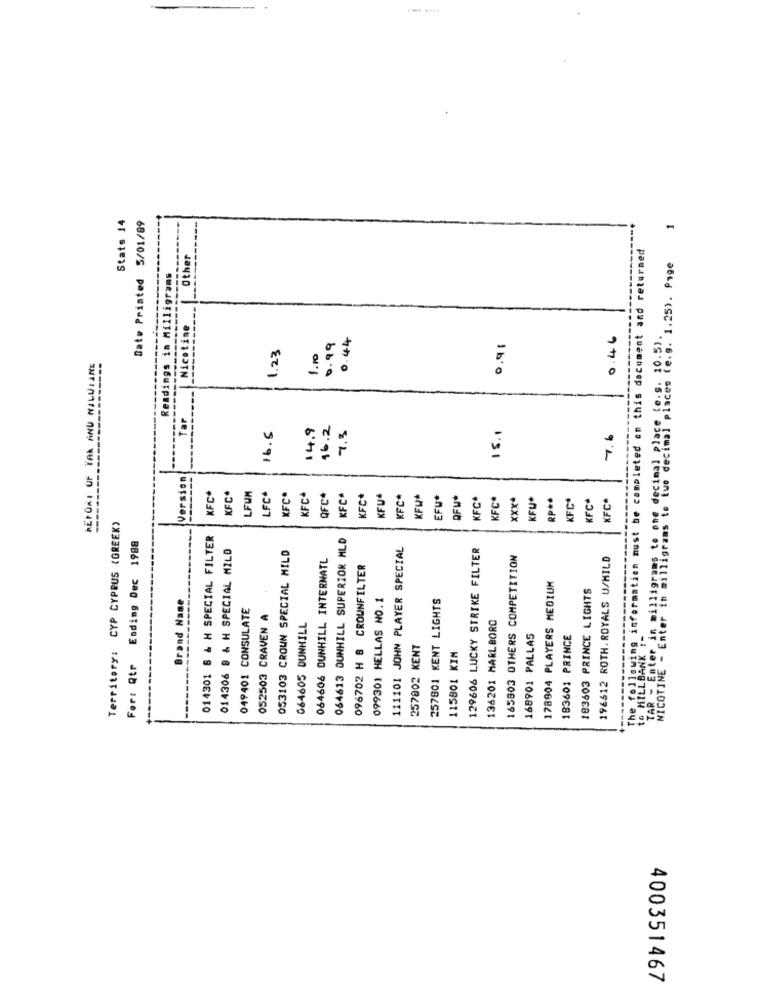
... ....
Stats 14
Date Printed 5/01/89
The following information must be completed on this document and returned
Other
NICOTINE - Enter in milligrams to tue decimal places (e.g. 1.25). Page
Readings in Milligrams
Nicotine
TAR - Enter in milligrams to one decimal place (e.s. 10.5).
0.99
0.46
1.23
1.10
0.44
0,91
REFORI UF TAK ÁNU NILUIANE
Tar
14.9
16.2
7.3
15.1
16.6
7.6
Version
KFC*
KFC*
LFUN
LFC*
KFC*
KFC*
QFC*
KFC
KFC*
KFU
KFC*
KFW*
EFU*
KFC*
KFC*
xxx*
KFU*
RP **
KFC*
KFC
KFC*
OFW
Territory: CYP CYPRUS (GREEK)
014301 6 & H SPECIAL FILTER
064613 DUNHILL SUPERIOR MLD
Ending Dec 1988
014306 8 & H SPECIAL MILD
053103 CROWN SPECIAL MILD
111101 JOHN PLAYER SPECIAL
129606 LUCKY STRIKE FILTER
064606 DUNHILL INTERNATL
165803 OTHERS COMPETITION
196612 ROTH. ROYALS U/HILD
096702 H B CROWNFILTER
178904 PLAYERS MEDIUM
183603 PRINCE LIGHTS
Brand Name
099301 HELLAS NO.1
257801 KENT LIGHTS
049401 CONSULATE
052503 CRAVEN A
064605 DUNHILL
136201 MARLBORO
168901 PALLAS
183601 PRINCE
to MILLBANK :-
257802 KENT
115801 KIM
For: Qtr
400351467